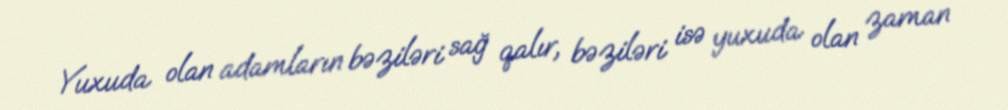
Yuxuda olan adamların bəziləri sağ qalır, bəziləri isə yuxuda olan zaman